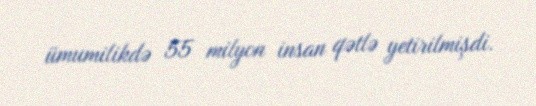
ümumilikdə 55 milyon insan qətlə yetirilmişdi.